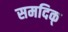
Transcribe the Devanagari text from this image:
समदिक्‌